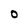
Character: O